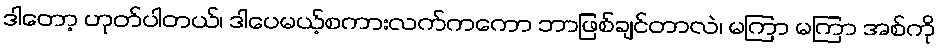
ဒါတော့ ဟုတ်ပါတယ်၊ ဒါပေမယ့်စကားလက်ကကော ဘာဖြစ်ချင်တာလဲ၊ မကြာ မကြာ အစ်ကို